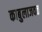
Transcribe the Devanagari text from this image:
काबुलाजवळ